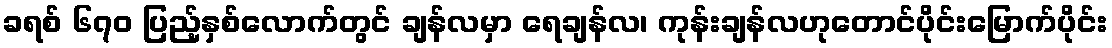
ခရစ် ၆၇၀ ပြည့်နှစ်လောက်တွင် ချန်လမှာ ရေချန်လ၊ ကုန်းချန်လဟုတောင်ပိုင်းမြောက်ပိုင်း